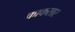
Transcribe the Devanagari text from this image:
काकसार